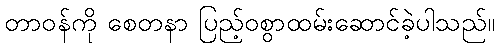
တာဝန်ကို စေတနာ ပြည့်ဝစွာထမ်းဆောင်ခဲ့ပါသည်။